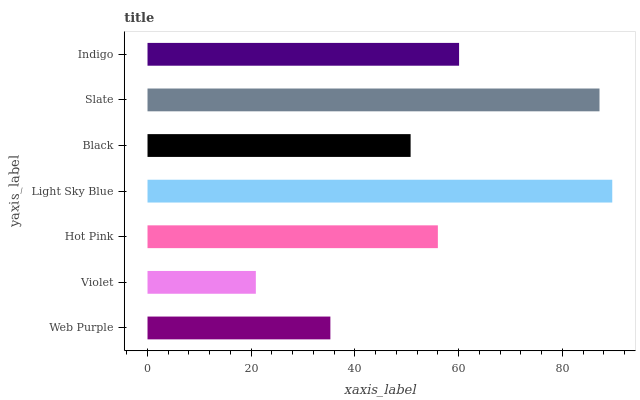
| yaxis_label | bars |
 | --- | --- |
 | Web Purple | 35.3 |
 | Violet | 20.9 |
 | Hot Pink | 56 |
 | Light Sky Blue | 89.6 |
 | Black | 50.7 |
 | Slate | 87.2 |
 | Indigo | 60.1 |